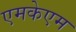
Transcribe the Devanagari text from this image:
एमकेएम